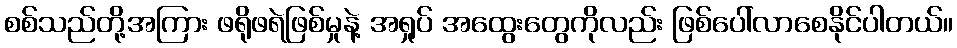
စစ်သည်တို့အကြား ဖရိုဖရဲဖြစ်မှုနဲ့ အရှုပ် အထွေးတွေကိုလည်း ဖြစ်ပေါ်လာစေနိုင်ပါတယ်။